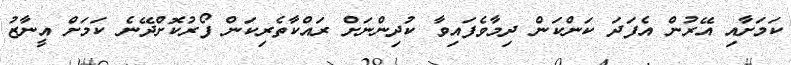
ކަމަށާއި އޭރުން އެފަދަ ކަންކަން ދިމާވެފައިވާ ކުދިންނަށް ރައްކާތެރިކަން ފޯރުކޮށްދޭނެ ކަމަށް އީނާޒު